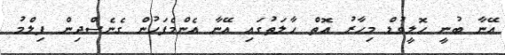
އޭނާ ބުނީ ހޮލީވުޑް މިހާރު އޮތް ހާލަތުގައި އޭނާ އެންމެފަހުން ގެނެސްދިން ފިލްމު